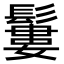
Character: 𩯁